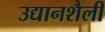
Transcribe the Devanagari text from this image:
उद्यानशैली